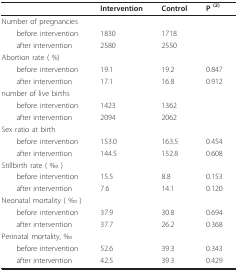
<table><thead><tr><td></td><td><b>Intervention</b></td><td><b>Control</b></td><td><b>P <sup>(2)</sup></b></td></tr></thead><tbody><tr><td>Number of pregnancies</td><td></td><td></td><td></td></tr><tr><td> before intervention</td><td>1830</td><td>1718</td><td></td></tr><tr><td> after intervention</td><td>2580</td><td>2550</td><td></td></tr><tr><td>Abortion rate ( %)</td><td></td><td></td><td></td></tr><tr><td> before intervention</td><td>19.1</td><td>19.2</td><td>0.847</td></tr><tr><td> after intervention</td><td>17.1</td><td>16.8</td><td>0.912</td></tr><tr><td>number of live births</td><td></td><td></td><td></td></tr><tr><td> before intervention</td><td>1423</td><td>1362</td><td></td></tr><tr><td> after intervention</td><td>2094</td><td>2062</td><td></td></tr><tr><td>Sex ratio at birth</td><td></td><td></td><td></td></tr><tr><td> before intervention</td><td>153.0</td><td>163.5</td><td>0.454</td></tr><tr><td> after intervention</td><td>144.5</td><td>152.8</td><td>0.608</td></tr><tr><td>Stillbirth rate ( ‰ )</td><td></td><td></td><td></td></tr><tr><td> before intervention</td><td>15.5</td><td>8.8</td><td>0.153</td></tr><tr><td> after intervention</td><td>7.6</td><td>14.1</td><td>0.120</td></tr><tr><td>Neonatal mortality ( ‰ )</td><td></td><td></td><td></td></tr><tr><td> before intervention</td><td>37.9</td><td>30.8</td><td>0.694</td></tr><tr><td> after intervention</td><td>37.7</td><td>26.2</td><td>0.368</td></tr><tr><td>Perinatal mortality, ‰</td><td></td><td></td><td></td></tr><tr><td> before intervention</td><td>52.6</td><td>39.3</td><td>0.343</td></tr><tr><td> after intervention</td><td>42.5</td><td>39.3</td><td>0.429</td></tr></tbody></table>